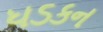
ધડકન